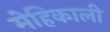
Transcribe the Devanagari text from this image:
मेहिकाली